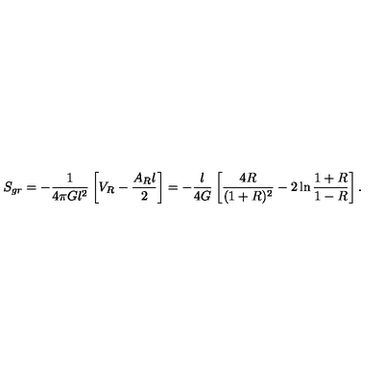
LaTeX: S _ { g r } = - { \frac { 1 } { 4 \pi G l ^ { 2 } } } \left[ V _ { R } - { \frac { A _ { R } l } { 2 } } \right] = - { \frac { l } { 4 G } } \left[ { \frac { 4 R } { ( 1 + R ) ^ { 2 } } } - 2 \ln { { \frac { 1 + R } { 1 - R } } } \right] .